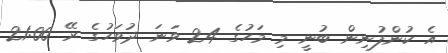
އެ ކުންފުނިން ބުނީ މި މަހުގެ 24 ވަނަ ދުވަހުގެ ރޭ 21:00